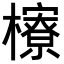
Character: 𪴔